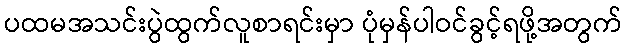
ပထမအသင်းပွဲထွက်လူစာရင်းမှာ ပုံမှန်ပါဝင်ခွင့်ရဖို့အတွက်